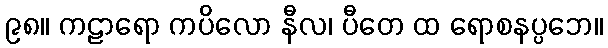
၉၈။ ကဠာရော ကပိလော နီလ၊ ပီတေ ထ ရောစနပ္ပဘေ။